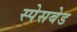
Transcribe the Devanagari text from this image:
स्पेसबेड